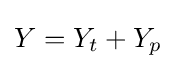
Y=Y_{t}+Y_{p}